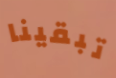
تبقينا